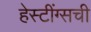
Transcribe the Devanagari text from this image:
हेस्टींग्सची